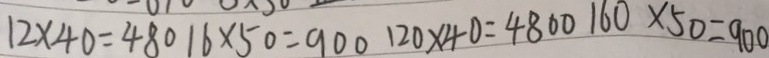
1 2 \times 4 0 = 4 8 0 1 6 \times 5 0 = 9 0 0 1 2 0 \times 4 0 = 4 8 0 0 1 6 0 \times 5 0 = 9 0 0